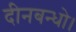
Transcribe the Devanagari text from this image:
दीनबन्धो।